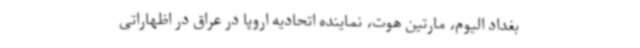
بغداد الیوم، مارتین هوت، نماینده اتحادیه اروپا در عراق در اظهاراتی